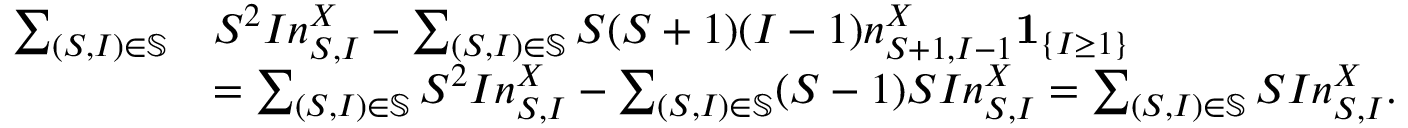
\begin{array} { r l } { \sum _ { ( S , I ) \in \mathbb { S } } } & { S ^ { 2 } I n _ { S , I } ^ { X } - \sum _ { ( S , I ) \in \mathbb { S } } S ( S + 1 ) ( I - 1 ) n _ { S + 1 , I - 1 } ^ { X } \mathbf { 1 } _ { \left\{ I \geq 1 \right\} } } \\ & { = \sum _ { ( S , I ) \in \mathbb { S } } S ^ { 2 } I n _ { S , I } ^ { X } - \sum _ { ( S , I ) \in \mathbb { S } } ( S - 1 ) S I n _ { S , I } ^ { X } = \sum _ { ( S , I ) \in \mathbb { S } } S I n _ { S , I } ^ { X } . } \end{array}